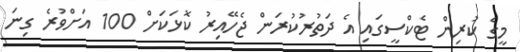
މީގެ ކުރިން ޓެކްސީގައި އެ ދަތުރުކުރަން ޖެހޭއިރު ކޮޅަކަށް 100 އަށްވުރެ ގިނަ